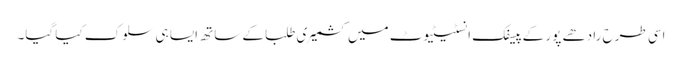
اسی طرح رادھے پور کے پیسفک انسٹیٹیوٹ میں کشمیری طلبا کے ساتھ ایسا ہی سلوک کیا گیا۔